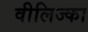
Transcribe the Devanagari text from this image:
वीलिज्का